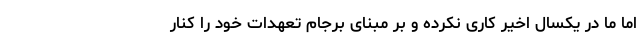
اما ما در یکسال اخیر کاری نکرده و بر مبنای برجام تعهدات خود را کنار